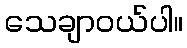
သေချာဝယ်ပါ။